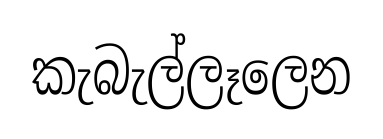
කැබැල්ලෑලෙන